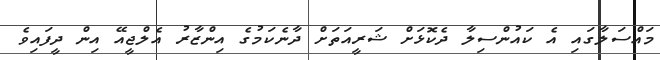
މައްސަލާގައި އެ ކައުންސިލާ ދެކޮޅަށް ޝަރީއަތަށް ދާނެކަމުގެ އިންޒާރު އެލްޖީއޭ އިން ދީފައިވެ